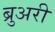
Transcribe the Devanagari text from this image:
ब्रुअरी